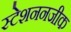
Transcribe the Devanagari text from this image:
स्टेशननजीक